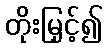
တိုးမြှင့်၍